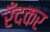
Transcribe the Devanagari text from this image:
रँदकर